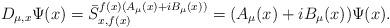
LaTeX: \begin{align*}D_{\mu,x}\Psi(x)=\bar{S}^{f(x)(A_{\mu}(x) +iB_{\mu}(x))}_{x,f(x)}=(A_{\mu}(x)+iB_{\mu}(x))\Psi(x).\end{align*}